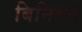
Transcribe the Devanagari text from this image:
बिनिगन